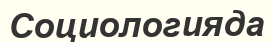
Социологияда